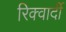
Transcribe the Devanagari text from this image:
रिक्वार्दी